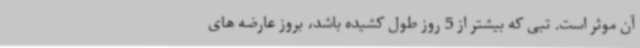
آن موثر است. تبی که بیشتر از 5 روز طول کشیده باشد، بروز عارضه های